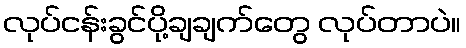
လုပ်ငန်းခွင်ပို့ချချက်တွေ လုပ်တာပဲ။